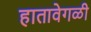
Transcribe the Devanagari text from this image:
हातावेगळी